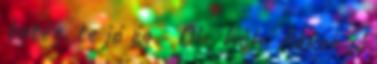
beteg. te jó ég - Oh, húh. Akkor jó